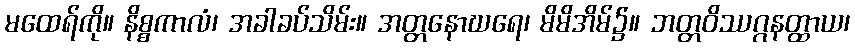
မထေရ်ကို။ နိစ္စကာလံ၊ အခါခပ်သိမ်း။ အတ္တနောဃရေ၊ မိမိအိမ်၌။ ဘတ္တဝိဿဂ္ဂနတ္ထာယ၊